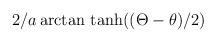
LaTeX: \begin{align*}2/a\arctan \, \tanh ((\Theta -\theta )/2)\end{align*}